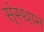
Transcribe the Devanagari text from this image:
स्ंस्थान